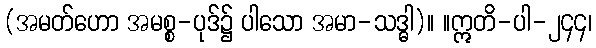
(အမတ်ဟော အမစ္စ-ပုဒ်၌ ပါသော အမာ-သဒ္ဓါ)။ ။ဣတိ-ပါ-၂၄၄၊